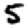
Digit: 5